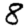
Digit: 8